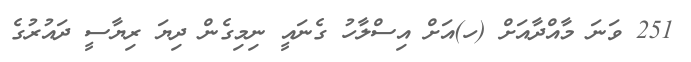
251 ވަނަ މާއްދާއަށް (ހ)އަށް އިސްލާހު ގެނައީ ނިމިގެން ދިޔަ ރިޔާސީ ދައުރުގެ